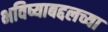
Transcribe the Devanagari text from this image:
भविष्याबद्दलच्या